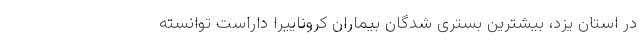
در استان یزد، بیشترین بستری شدگان بیماران کروناییرا داراست توانسته